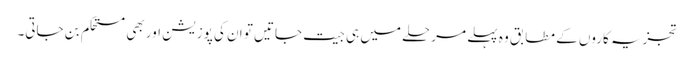
تجزیہ کاروں کے مطابق وہ پہلے مرحلے میں ہی جیت جاتیں تو ان کی پوزیشن اور بھی مستحکم بن جاتی۔